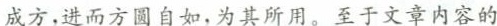
成方，进而方圆自如，为其所用。至于文章内容的